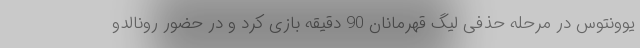
یوونتوس در مرحله حذفی لیگ قهرمانان 90 دقیقه بازی کرد و در حضور رونالدو